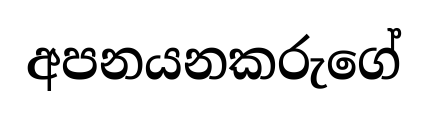
අපනයනකරුගේ